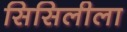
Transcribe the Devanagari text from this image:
सिसिलीला